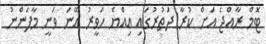
ޓޮމް ރާއްޖެ އަށް ކުރާ ދަތުރުގައި އިއްޔެ ހަވީރު އޭނަ ވަނީ މާފަންނު